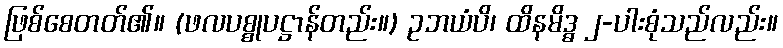
ဖြစ်စေတတ်၏။ (ဖလပစ္စုပဋ္ဌာန်တည်း။) ဥဘယံပိ၊ ထိနမိဒ္ဓ ၂-ပါးစုံသည်လည်း။